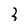
Character: 3